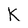
Character: K